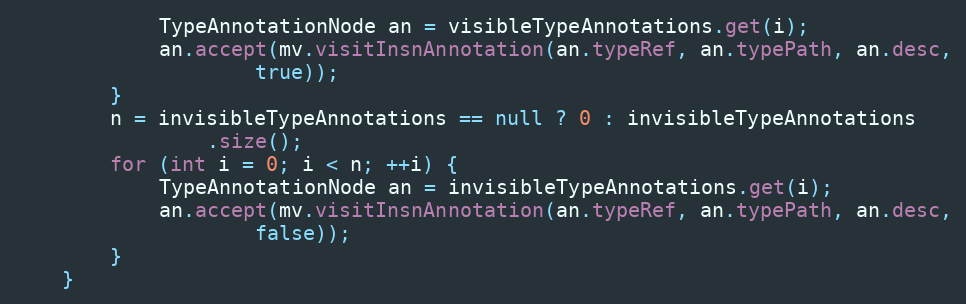
Language: Java
            TypeAnnotationNode an = visibleTypeAnnotations.get(i);
            an.accept(mv.visitInsnAnnotation(an.typeRef, an.typePath, an.desc,
                    true));
        }
        n = invisibleTypeAnnotations == null ? 0 : invisibleTypeAnnotations
                .size();
        for (int i = 0; i < n; ++i) {
            TypeAnnotationNode an = invisibleTypeAnnotations.get(i);
            an.accept(mv.visitInsnAnnotation(an.typeRef, an.typePath, an.desc,
                    false));
        }
    }